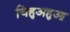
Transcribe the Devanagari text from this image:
चिहुअहुआ